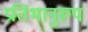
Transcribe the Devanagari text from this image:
प्रतिभानुरूप